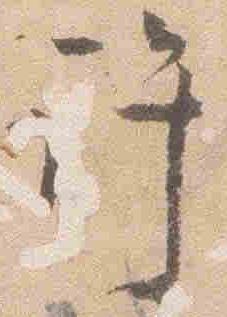
許